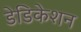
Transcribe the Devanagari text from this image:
डेडिकेशन